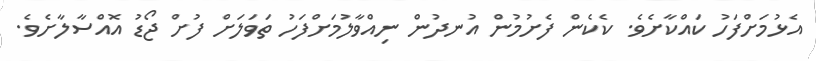
އެޅުމަށްފަހު ކައްކާށެވެ. ކެކެން ފެށުމުން އުނދުން ނިއްވާލުމަށްފަހު ތަވަލަށް ފުށް ޖޯޑު އޮއްސާލާށެވެ.